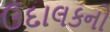
ઉદાલકનો